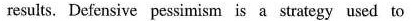
results. Defensive pessimism is a strategy used to